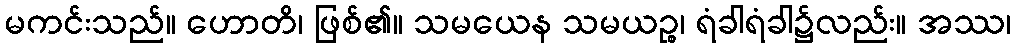
မကင်းသည်။ ဟောတိ၊ ဖြစ်၏။ သမယေန သမယဉ္စ၊ ရံခါရံခါ၌လည်း။ အဿ၊